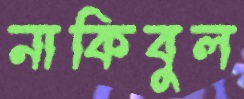
নাকিবুল